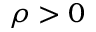
\rho > 0